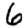
Digit: 6